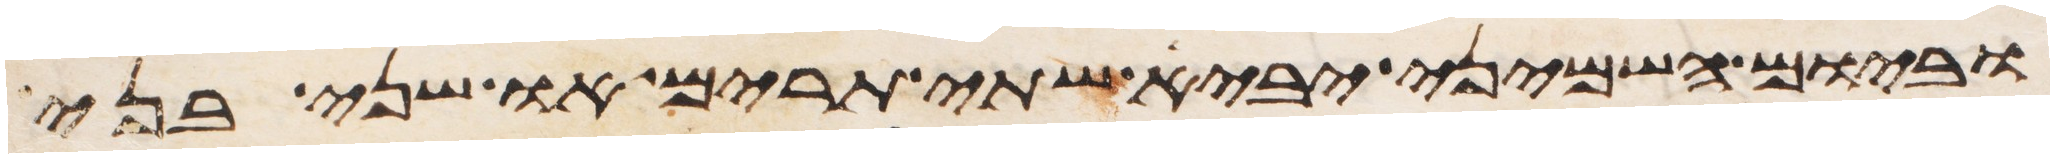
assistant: וביום השמיני יביא שתי תרים או שני בני